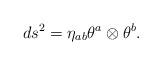
LaTeX: \begin{align*}ds^{2}=\eta_{ab}\theta^{a}\otimes\theta^{b}.\end{align*}